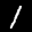
Label: 1